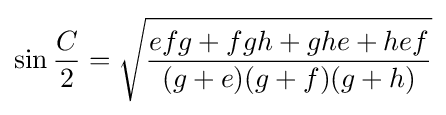
\sin {\frac {C}{2}}={\sqrt {\frac {efg+fgh+ghe+hef}{(g+e)(g+f)(g+h)}}}